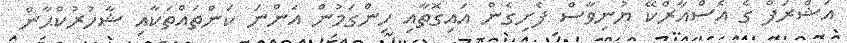
އަޝްރަފް ގެ އެސްއާރްކޭ ޔުނިވާސް ފެށިގެން އައިގޮތާއި ހިންގަމުން އަންނަ ކަންތައްތަކާއި ޝާހުރުކްޙާން